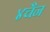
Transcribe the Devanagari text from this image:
४चैन